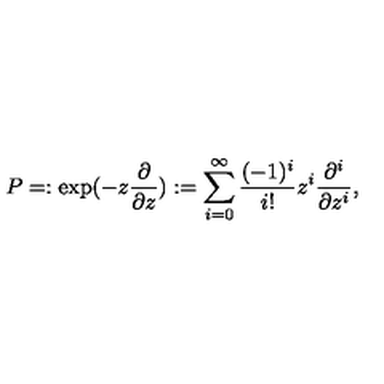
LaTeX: P = : \exp ( - z \frac { \partial } { \partial z } ) : = \sum _ { i = 0 } ^ { \infty } \frac { ( - 1 ) ^ { i } } { i ! } z ^ { i } \frac { \partial ^ { i } } { \partial z ^ { i } } ,